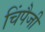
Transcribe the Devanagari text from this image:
चिंपैजी